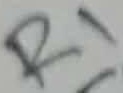
Text: R1